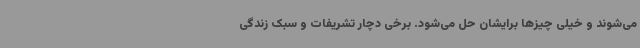
می‌شوند و خیلی چیزها برایشان حل می‌شود. برخی دچار تشریفات و سبک زندگی